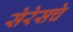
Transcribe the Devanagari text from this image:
सेरेसचे